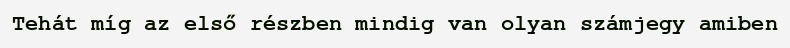
Tehát míg az első részben mindig van olyan számjegy amiben